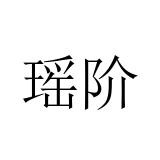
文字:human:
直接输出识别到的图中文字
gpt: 瑶阶